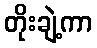
တိုးချဲ့ကာ